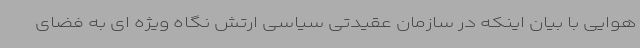
هوایی با بیان اینکه در سازمان عقیدتی سیاسی ارتش نگاه ویژه ای به فضای